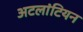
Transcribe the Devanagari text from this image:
अटलांटियन